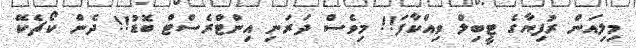
މިލިއަން ރުފިޔާގެ ޓީބިލް ވިއްކާފަ!! މިވެސް ދަރަނި އިންޓްރެސްޓް ބޮޑު!! ދެން ކޯޗެކޭ